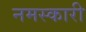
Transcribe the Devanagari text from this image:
नमस्कारी